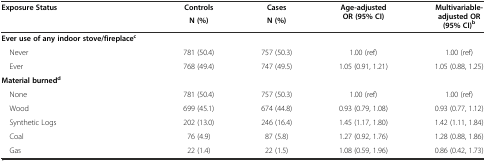
<table><thead><tr><td rowspan="2"><b>Exposure Status</b></td><td><b>Controls</b></td><td><b>Cases</b></td><td rowspan="2"><b>Age-adjusted OR (95% CI)</b></td><td rowspan="2"><b>Multivariable-adjusted OR (95% CI)<sup>b</sup></b></td></tr><tr><td><b>N (%)</b></td><td><b>N (%)</b></td></tr></thead><tbody><tr><td><b>Ever use of any indoor stove/fireplace</b><sup><b>c</b></sup></td><td></td><td></td><td></td><td></td></tr><tr><td> Never</td><td>781 (50.4)</td><td>757 (50.3)</td><td>1.00 (ref)</td><td>1.00 (ref)</td></tr><tr><td> Ever</td><td>768 (49.4)</td><td>747 (49.5)</td><td>1.05 (0.91, 1.21)</td><td>1.05 (0.88, 1.25)</td></tr><tr><td><b>Material burned</b><sup><b>d</b></sup></td><td></td><td></td><td></td><td></td></tr><tr><td> None</td><td>781 (50.4)</td><td>757 (50.3)</td><td>1.00 (ref)</td><td>1.00 (ref)</td></tr><tr><td> Wood</td><td>699 (45.1)</td><td>674 (44.8)</td><td>0.93 (0.79, 1.08)</td><td>0.93 (0.77, 1.12)</td></tr><tr><td> Synthetic Logs</td><td>202 (13.0)</td><td>246 (16.4)</td><td>1.45 (1.17, 1.80)</td><td>1.42 (1.11, 1.84)</td></tr><tr><td> Coal</td><td>76 (4.9)</td><td>87 (5.8)</td><td>1.27 (0.92, 1.76)</td><td>1.28 (0.88, 1.86)</td></tr><tr><td> Gas</td><td>22 (1.4)</td><td>22 (1.5)</td><td>1.08 (0.59, 1.96)</td><td>0.86 (0.42, 1.73)</td></tr></tbody></table>